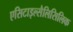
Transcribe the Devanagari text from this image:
एसिटाइल्सैलिसिलिक